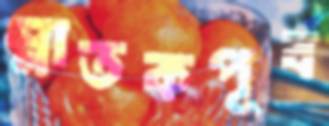
স্নাতকপূর্ব